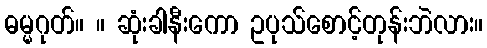
ဓမ္မဂုတ်။ ။ ဆုံးခါနီးကော ဥပုသ်စောင့်တုန်းဘဲလား။